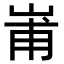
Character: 𭖢